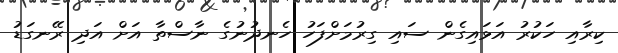
ކިރާއި ހަކުރު އަޅައިގެން ސައި ގިރުމަށްފަހު ހެނދުނުގެ ނާސްތާ އަށް އަދި ރޭނގަޑު